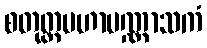
စတုတ္ထမဟာပဏ္ဏာသကံ